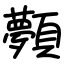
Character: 顭